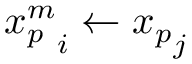
{ x _ { p } ^ { m } } _ { i } \gets { x _ { p } } _ { j }